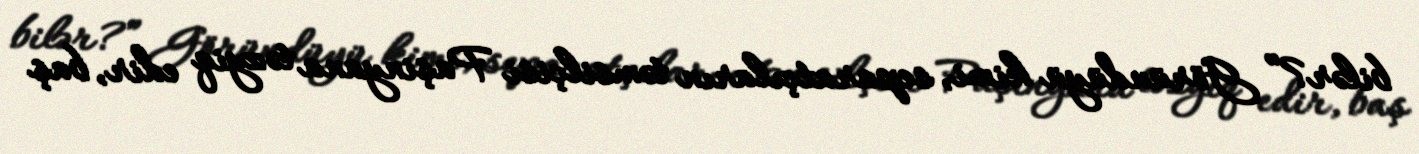
bilər?” Göründüyü kimi, separatçıların təmsilçisi Paşinyana təzyiq edir, baş